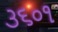
૩૬૦૧